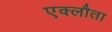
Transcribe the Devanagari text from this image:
एक्लौता